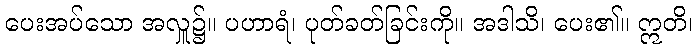
ပေးအပ်သော အလှူ၌။ ပဟာရံ၊ ပုတ်ခတ်ခြင်းကို။ အဒါသိ၊ ပေး၏။ ဣတိ၊